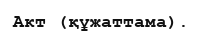
Акт (құжаттама).